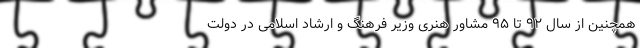
همچنین از سال ۹۲ تا ۹۵ مشاور هنری وزیر فرهنگ و ارشاد اسلامی در دولت